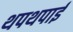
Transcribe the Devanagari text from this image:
थपथपाई